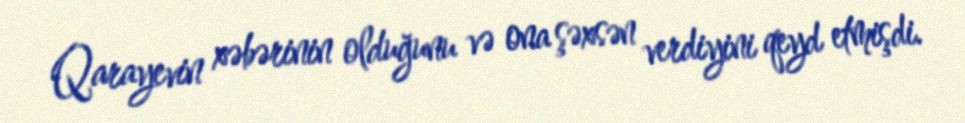
Qarayevin xəbərinin olduğunu və ona şəxsən verdiyini qeyd etmişdi.